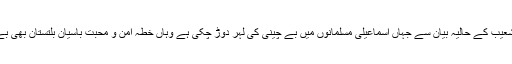
جنرل (ر) امجد شعیب کے حالیہ بیان سے جہاں اسماعیلی مسلمانوں میں بے چینی کی لہر دوڑ چکی ہے وہاں خطۂ امن و محبت باسیانِ بلتستان بھی بے حد پریشان ہیں۔